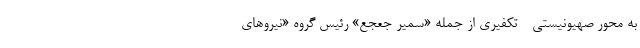
به محور صهیونیستی - تکفیری از جمله «سمیر جعجع» رئیس گروه «نیروهای